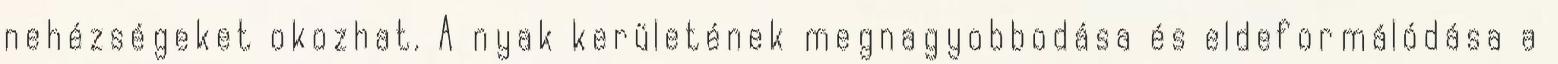
nehézségeket okozhat. A nyak kerületének megnagyobbodása és eldeformálódása a